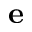
\textbf { e }